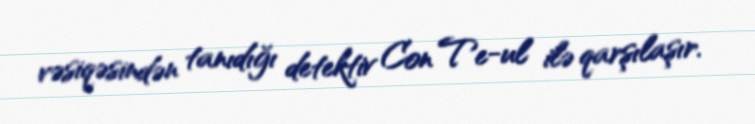
vəsiqəsindən tanıdığı detektiv Con Te-ul ilə qarşılaşır.